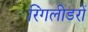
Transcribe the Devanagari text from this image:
रिंगलीडरों